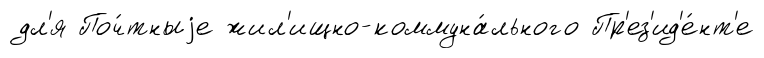
дл'я Поч́тныjе жил'ищно-коммуна́льного Пр'ез'ид'е́нт'е